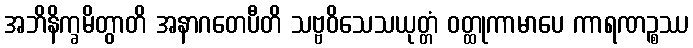
အဘိနိက္ခမိတွာတိ အနာဂတေပီတိ သဗ္ဗဝိသေသယုတ္တံ ဝတ္ထုကာမာပေ ကာရဏဉ္စဿ